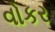
વોકર